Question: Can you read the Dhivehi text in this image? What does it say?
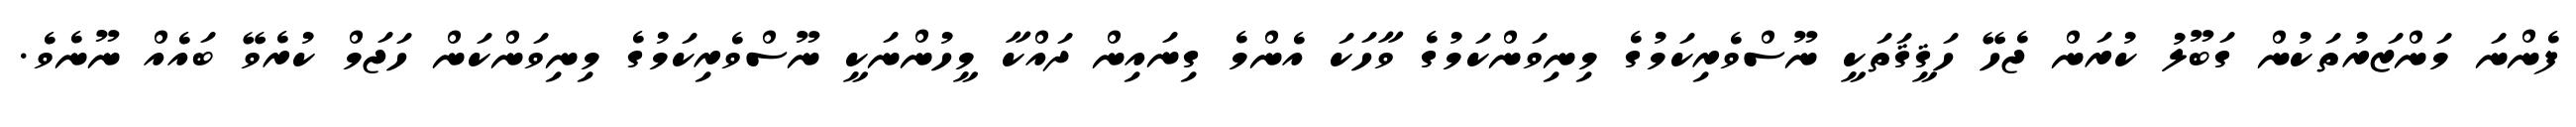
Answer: ފެންނަ މަންޒަރުތަކުން ގަބޫލު ކުރަން ޖެހޭ ހަޤީޤަތަކީ ނޫސްވެރިކަމުގެ މިނިވަންކަމުގެ ވާހަކަ އެންމެ ގިނައިން ދައްކާ މީހުންނަކީ ނޫސްވެރިކަމުގެ މިނިވަންކަން ހަޖަމް ކުރެވޭ ބައެއް ނޫނެވެ.